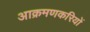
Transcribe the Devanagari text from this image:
आक्रमणकरियों